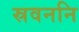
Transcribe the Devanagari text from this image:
स्रवननि